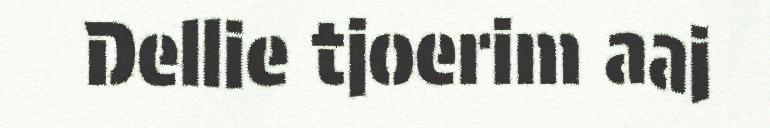
Dellie tjoerim aaj